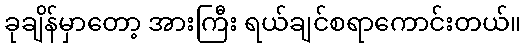
ခုချိန်မှာတော့ အားကြီး ရယ်ချင်စရာကောင်းတယ်။